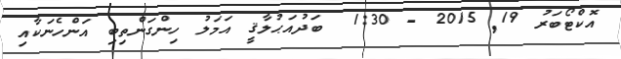
އޮކްޓޯބަރު 19